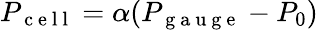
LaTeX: P_{\mathrm{~c~e~l~l~}}=\alpha(P_{\mathrm{~g~a~u~g~e~}}-P_{0})